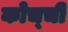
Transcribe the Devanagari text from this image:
कोच्‍ची